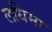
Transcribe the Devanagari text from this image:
लधिमा